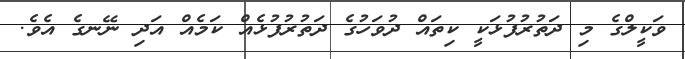
ވަކީލްގެ މި ދަތުރުފުޅަކީ ކިތައް ދުވަހުގެ ދަތުރުފުޅެއް ކަމެއް އަދި ނޭނގެ އެވެ.